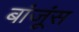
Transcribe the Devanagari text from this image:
बांजूंस